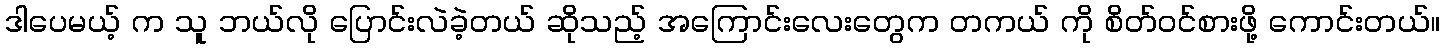
ဒါပေမယ့် က သူ ဘယ်လို ပြောင်းလဲခဲ့တယ် ဆိုသည့် အကြောင်းလေးတွေက တကယ် ကို စိတ်ဝင်စားဖို့ ကောင်းတယ်။